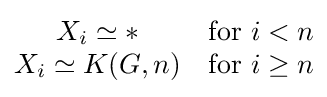
{\begin{matrix}X_{i}\simeq *&{\text{for }}i<n\\X_{i}\simeq K(G,n)&{\text{for }}i\geq n\end{matrix}}